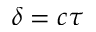
\delta = c \tau